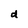
Character: d